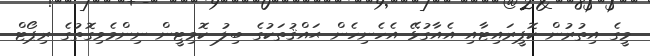
މީގެ އިތުރުން ކޮޕީރައިޓާއި އެއާގުޅޭ އެހެނިހެން ޙައްޤުތަކުގެ ބިލު ކޮމިޓީން ނިންމެވިގޮތުގެ ރިޕޯޓް